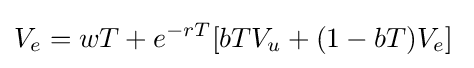
V_{e}=wT+e^{-rT}[bTV_{u}+(1-bT)V_{e}]\;